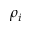
\rho _ { i }